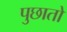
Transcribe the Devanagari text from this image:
पुछातो